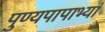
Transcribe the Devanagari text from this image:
पुण्यपापाभ्यां